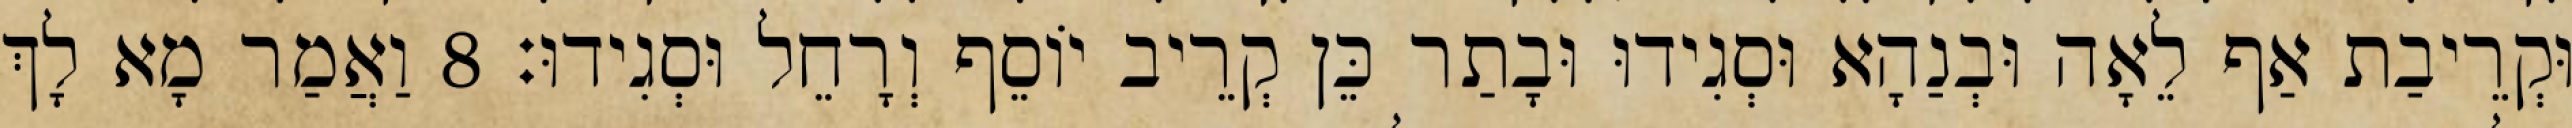
וּקְרֵיבַת אַף לֵאָה וּבְנַהָא וּסְגִידוּ וּבָתַר כֵּן קְרֵיב יוֹסֵף וְרָחֵל וּסְגִידוּ׃ 8 וַאֲמַר מָא לָךְ